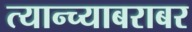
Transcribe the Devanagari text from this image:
त्यान्च्याबराबर